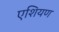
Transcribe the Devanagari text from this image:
एशियण